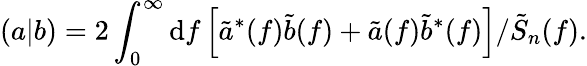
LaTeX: \left(a|b\right)=2\int_{0}^{\infty}\mathrm{d}f\left[\tilde{a}^{\ast}(f)\tilde{b}(f)+\tilde{a}(f)\tilde{b}^{\ast}(f)\right]/\tilde{S}_{n}(f).